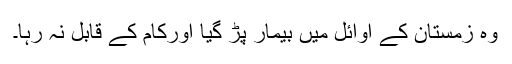
وہ زمستان کے اوائل میں بیمار پڑ گیا اورکام کے قابل نہ رہا۔